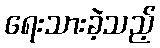
ရေးသားခဲ့သည့်